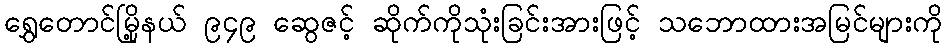
ရွှေတောင်မြို့နယ် ၉၄၉ ဆွေဇင့် ဆိုက်ကိုသုံးခြင်းအားဖြင့် သဘောထားအမြင်များကို